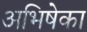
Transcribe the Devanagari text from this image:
अभिषेका